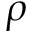
\rho